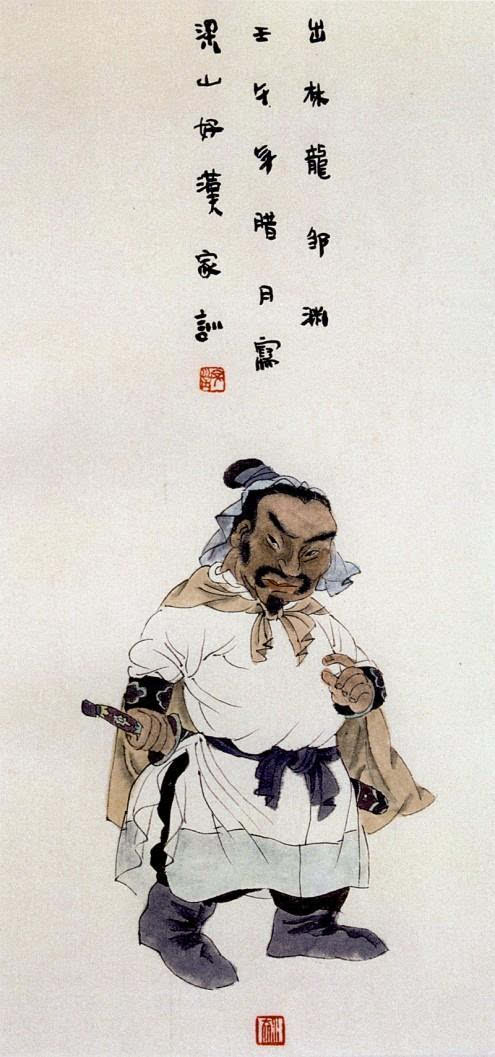
今宵绝胜无人共，卧看星河尽意明。